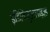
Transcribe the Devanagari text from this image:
इंडिविजुअलाइज़्ड